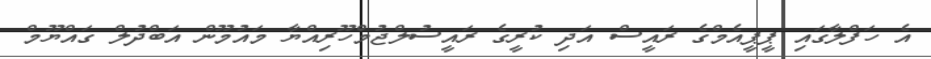
އެ ހަފްލާގައި ޕީޕީއެމްގެ ރައީސް އަދި ކުރީގެ ރައީސުލްޖުމްހޫރިއްޔާ މައުމޫން އަބްދުލް ގައްޔޫމް